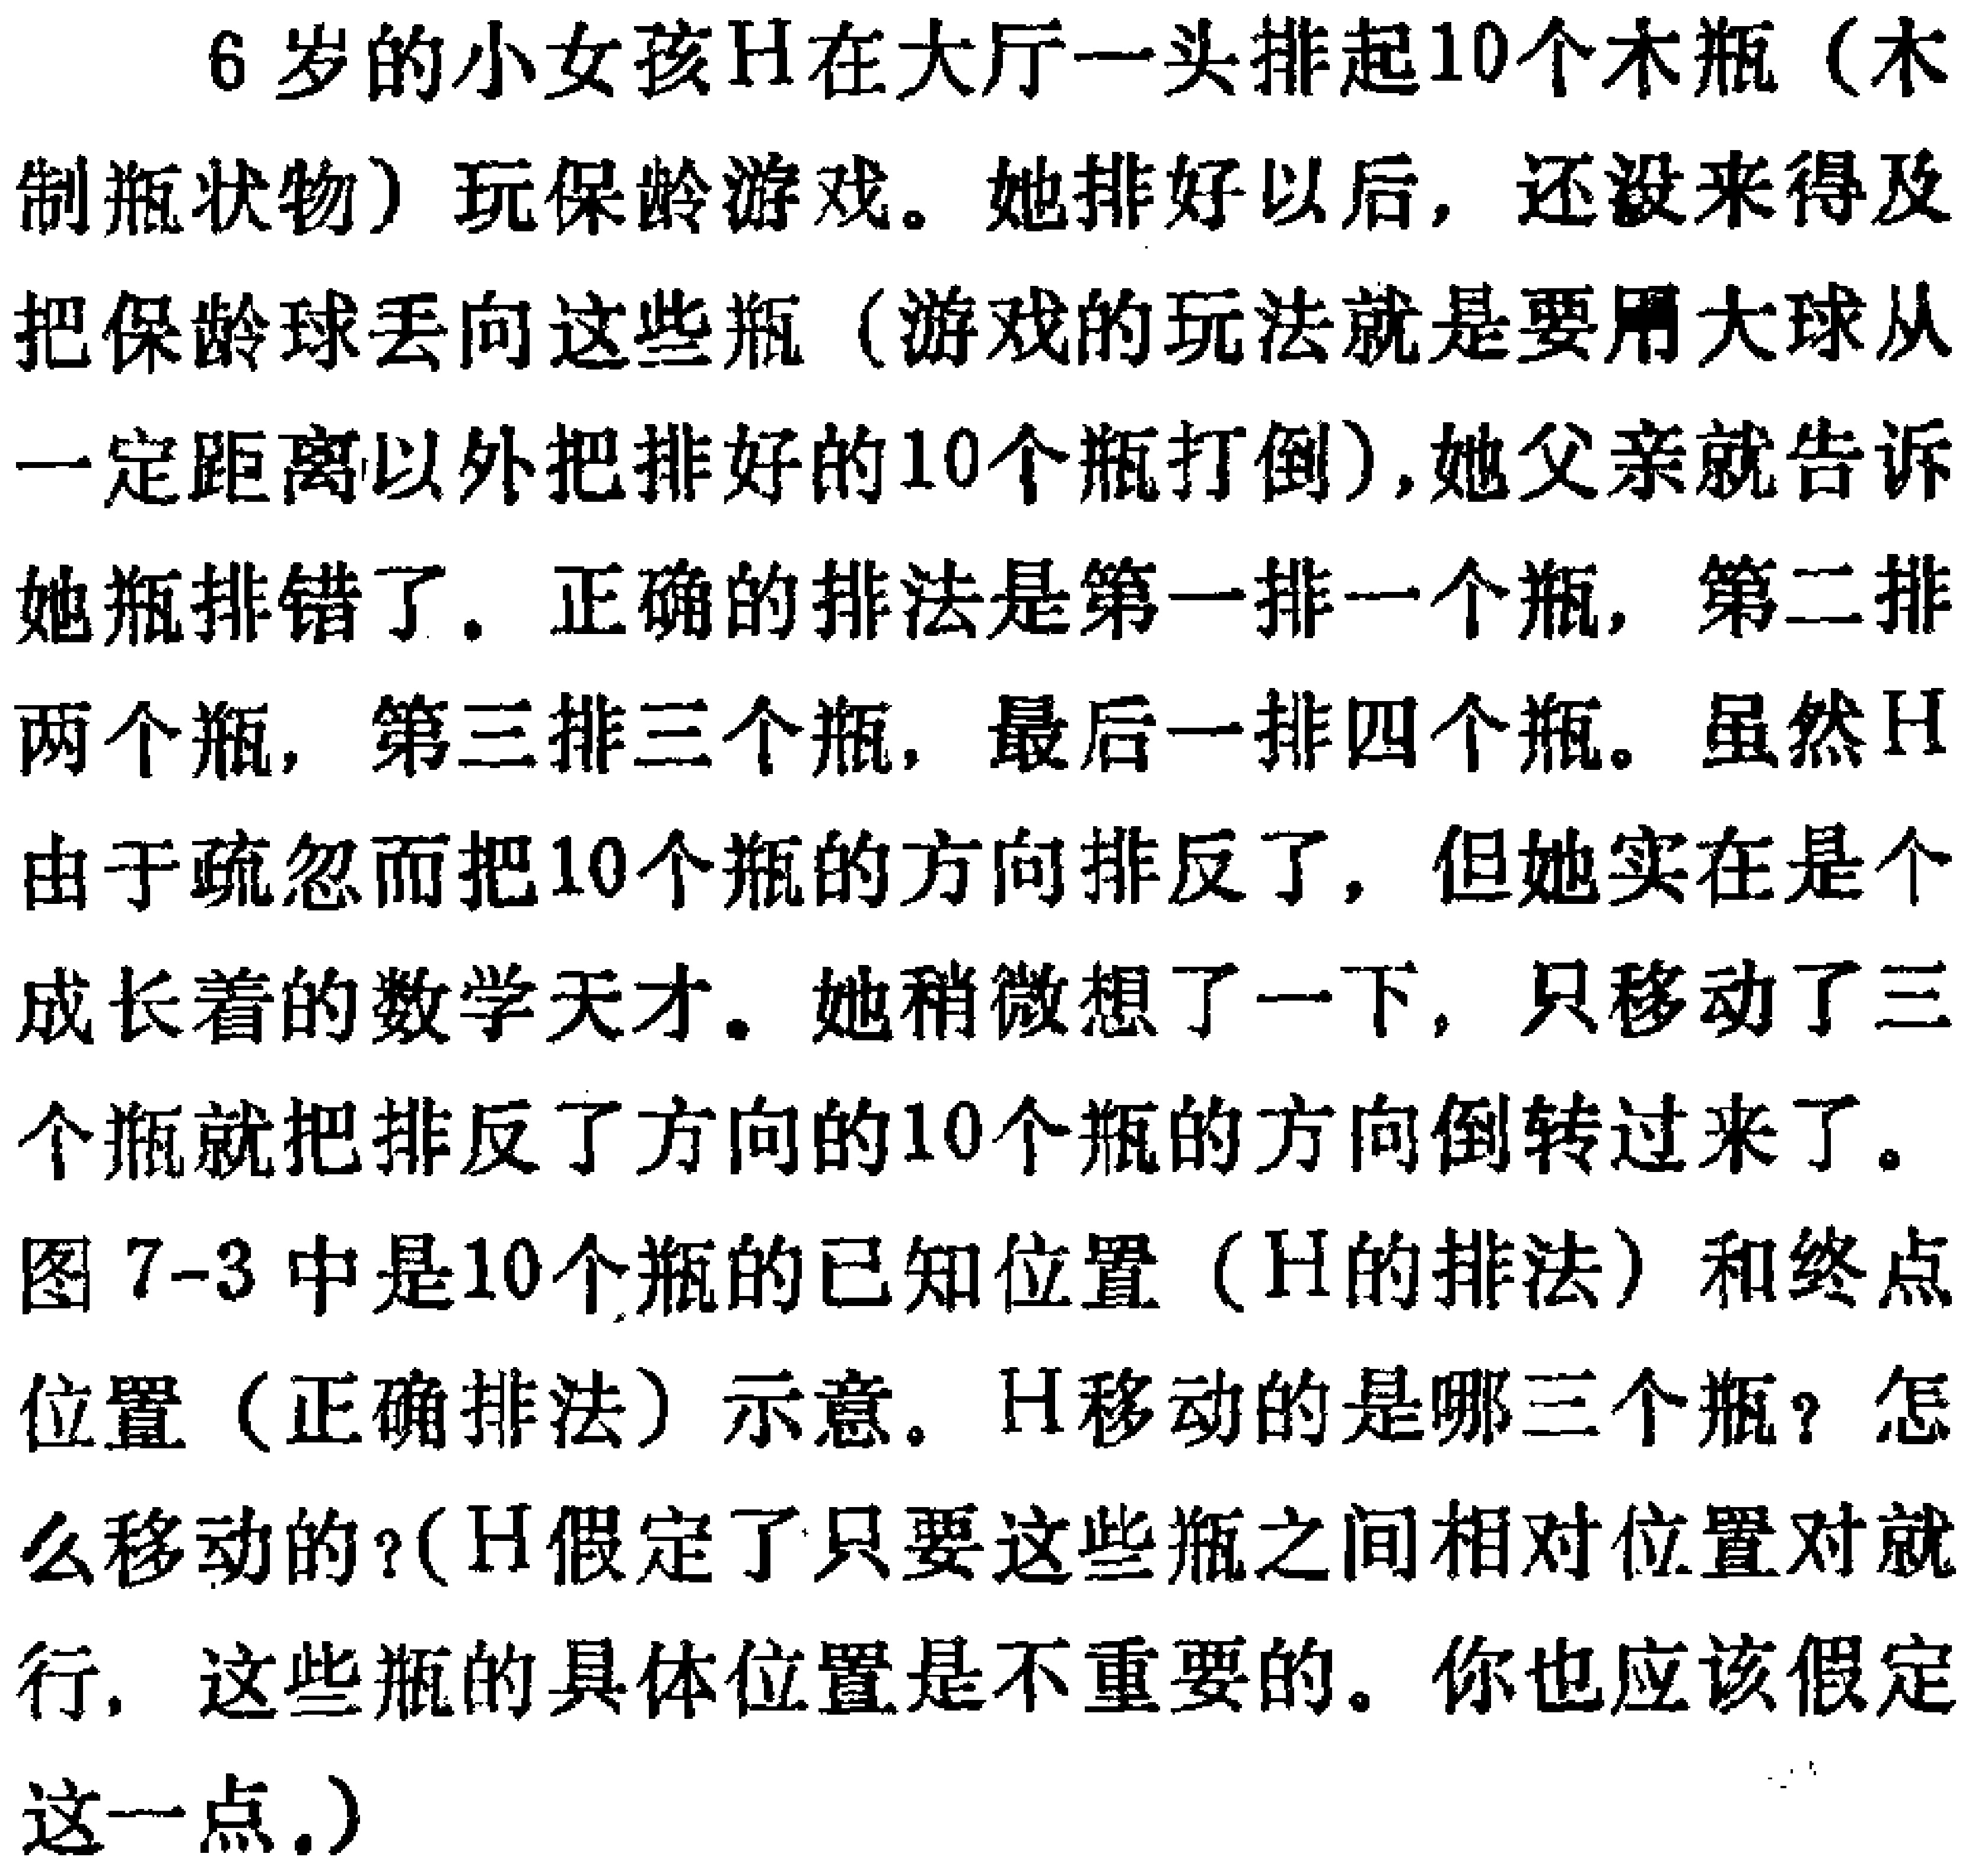
6岁的小女孩H在大厅一头排起10个木瓶（木制瓶状物）玩保龄游戏。她排好以后，还没来得及把保龄球丢向这些瓶（游戏的玩法就是要用大球从一定距离以外把排好的10个瓶打倒），她父亲就告诉她瓶排错了。正确的排法是第一排一个瓶，第二排两个瓶，第三排三个瓶，最后一排四个瓶。虽然H由于疏忽而把10个瓶的方向排反了，但她实在是个成长着的数学天才。她稍微想了一下，只移动了三个瓶就把排反了方向的10个瓶的方向倒转过来了。图7-3中是10个瓶的已知位置（H的排法）和终点位置（正确排法）示意。H移动的是哪三个瓶？怎么移动的?（H假定了只要这些瓶之间相对位置对就行，这些瓶的具体位置是不重要的。你也应该假定这一点。）